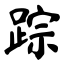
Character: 踪